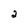
Character: 2